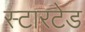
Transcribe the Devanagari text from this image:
स्टारटेड